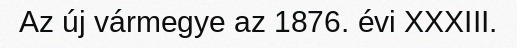
Az új vármegye az 1876. évi XXXIII.